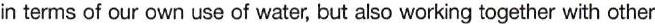
in terms of our own use of water, but also working together with other